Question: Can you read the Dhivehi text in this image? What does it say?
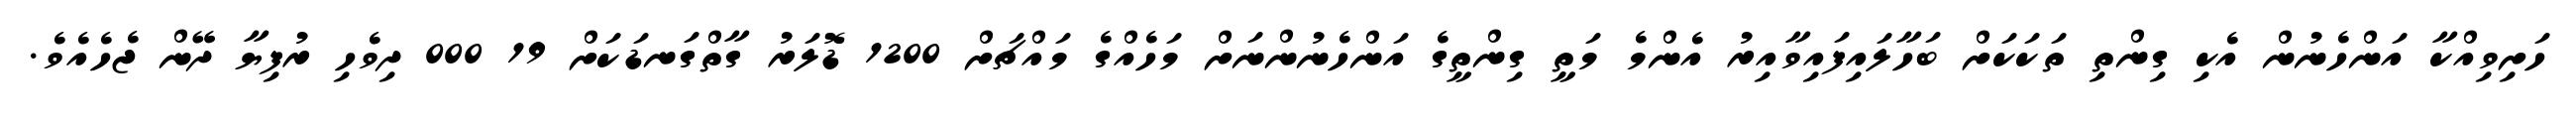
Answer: ހަށިވިއްކާ އަންހެނުން އެކި ގިންތި ތަކަކަށް ބަހާލައިފައިވާއިރު އެންމެ މަތީ ގިންތީގެ އަންހެނުންނަށް މަހެއްގެ މައްޗަށް 1200 ޑޮލަރު ގާތްގަނޑަކަށް 19 000 ދިވެހި ރުފިޔާ ދޭން ޖެހެއެވެ.